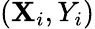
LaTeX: (\mathbf{X}_{i},Y_{i})